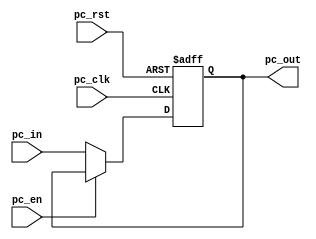
module program_counter 
(
    input [31:0]pc_in,   // pc intput value
    input pc_clk,   // pc clk
    input pc_rst,   //  pc reset
    input pc_en,
    output reg [31:0] pc_out // pc output

);

  always @(posedge pc_clk or negedge pc_rst) begin
    if(!pc_rst)
        pc_out <= 0;

    else if (!pc_en)begin
        pc_out <= pc_in;
    end
end

endmodule